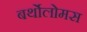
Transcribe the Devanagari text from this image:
बर्थोलोमस